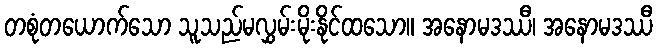
တစုံတယောက်သော သူသည်မလွှမ်းမိုးနိုင်ထသော။ အနောမဒဿီ၊ အနောမဒဿီ